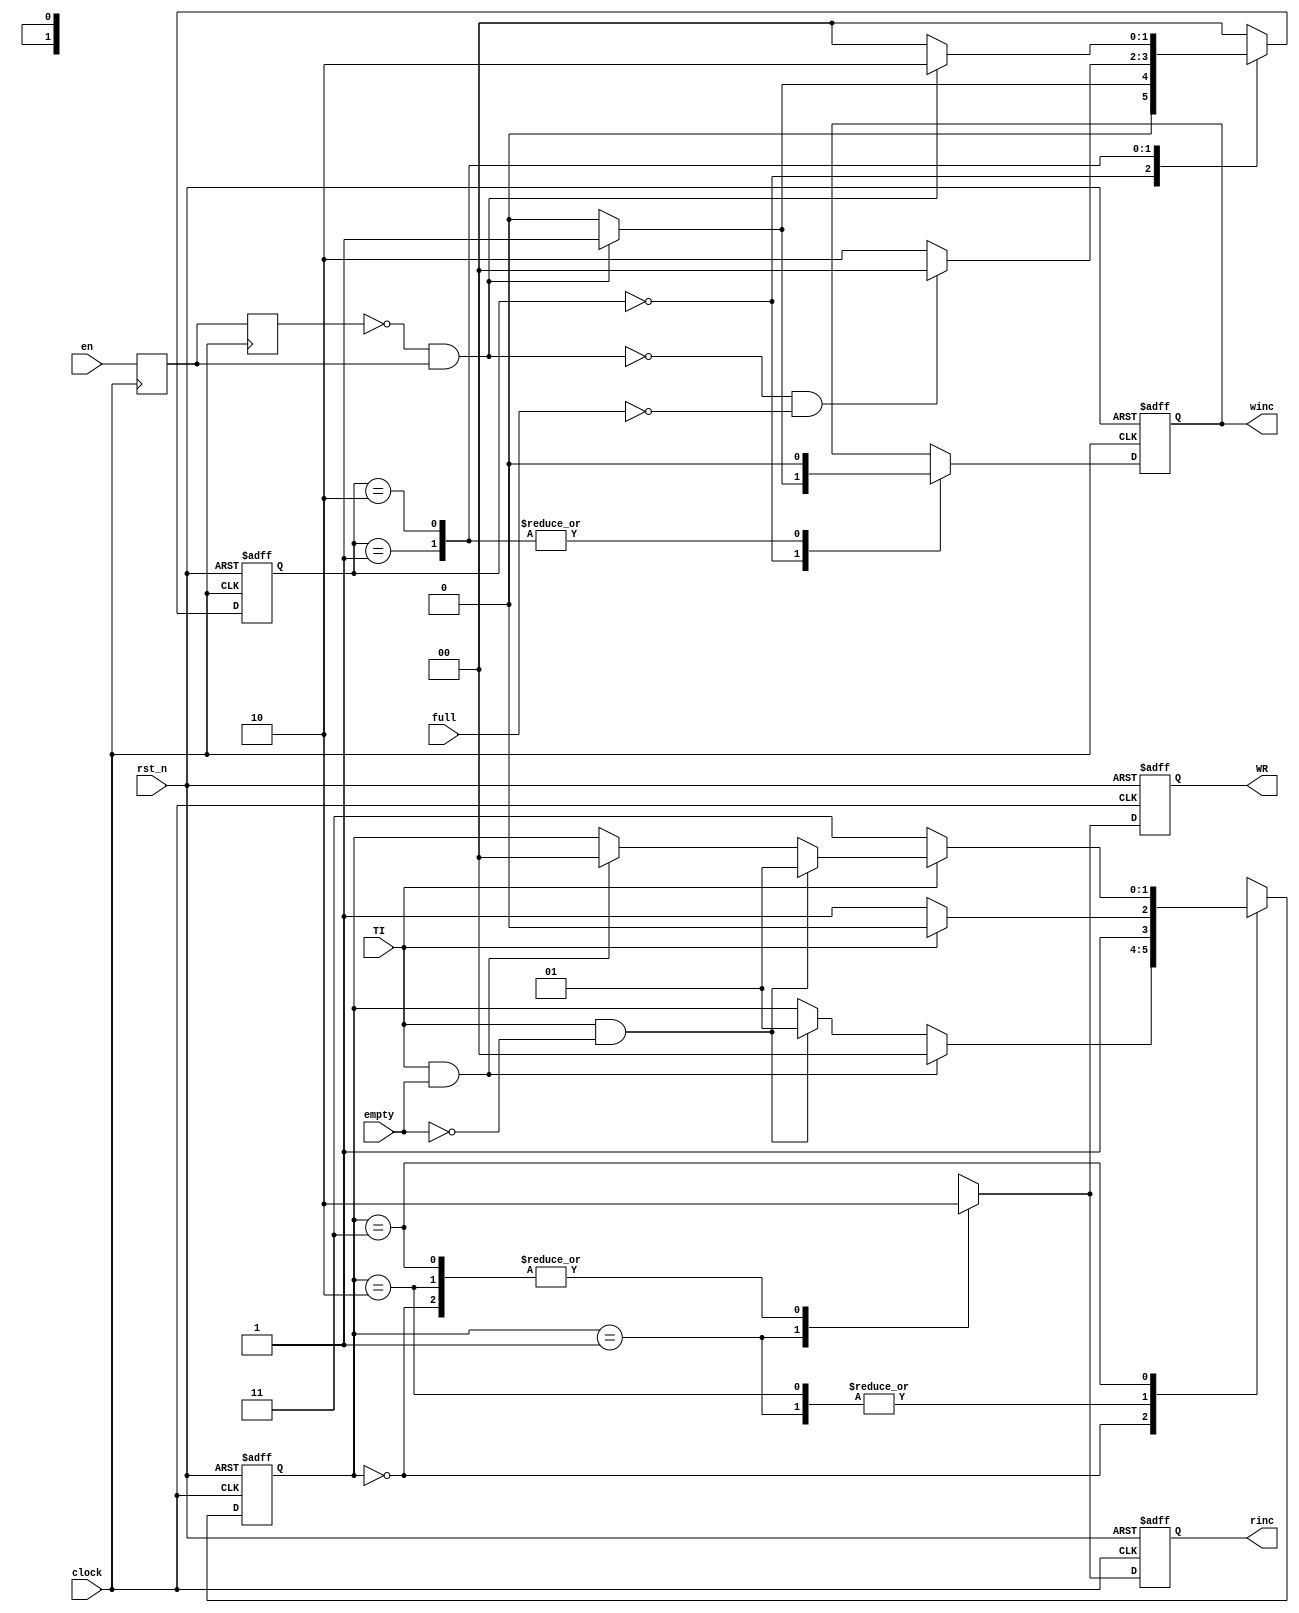
`timescale 1ns / 1ps
//////////////////////////////////////////////////////////////////////////////////
// Company: 
// Engineer: 
// 
// Design Name: 
// Module Name:    control_fifo 
// Project Name: 
// Target Devices: 
// Tool versions: 
// Description: 
//
// Dependencies: 
//
// Revision: 
// Revision 0.01 - File Created
// Additional Comments: 
//
//////////////////////////////////////////////////////////////////////////////////
module control_fifo(rst_n,clock,full,empty,winc,rinc,en,WR,TI);
input full,empty,rst_n,clock,en,TI;
output winc,rinc,WR;
reg en_1,en_2;
parameter free=2'b00,
          write=2'b01,
          wat=2'b10,
			 rfree=2'b00,
          wwrite=2'b01,
          wwtran=2'b10,
			 wtran=2'b11;
reg [1:0] state1;
reg [1:0] state2;
reg winc,rinc,WR;
wire data_en,TIti;
always@(posedge clock)
begin
	en_1<=en;
	en_2<=en_1;
	end
assign data_en=(~en_2)&en_1;
always@(posedge clock or negedge rst_n)//writeFSM
begin
		if(!rst_n)begin
			state1=free;
			winc=1'b0;
			end
		else	case(state1)
					free:if(!data_en)begin
							state1=free;
							winc=1'b0;
							end
							else begin 
							state1=write;
							winc=1'b1;
							end
					write:if(!data_en&!full)begin
							state1=free;
							winc=1'b0;
							end
							else begin
							state1=wat;
							winc=1'b0;
							end
					wat:if(!data_en)begin
							state1=free;
							winc=1'b0;
							end
							else begin
							state1=wat;
							winc=1'b0;
							end
				default: state1=free;
				endcase
end
always@(posedge clock or  negedge rst_n)  //readFSM
begin
		if(!rst_n)begin
				state2=rfree;
				end
		else case(state2)
					rfree:if(TI&empty)begin
								state2=rfree;
								end
							else if(TI&!empty)begin
									state2=wwrite;
									end
					wwrite:if(TI) begin
								state2=wwtran;
								end
							else begin
								state2=wtran;
								end
					wwtran:if(TI) begin
								state2=wwtran;
								end
							else   begin
								state2=wtran;
								end
					wtran:if(!TI)  begin
								state2=wtran;
								end
							else if(TI&!empty) begin
										state2=wwrite;
										end
									else if(TI&empty)begin
											state2=rfree;
											end
				default:state2=rfree;
				endcase
end 
///////////
always@(posedge clock or negedge rst_n)
begin
			if(!rst_n)begin
			WR=1'b0;
			rinc=1'b0;
			end
			else begin
			case(state2)
					rfree:begin
							WR=1'b0;
							rinc=1'b0;
							end
					wwrite:begin
							WR=1'b1;
							rinc=1'b1;
							end
					wwtran:begin
							WR=1'b0;
							rinc=1'b0;
							end
					wtran:begin
							WR=1'b0;
							rinc=1'b0;
							end
					default:begin
								WR=1'b0;
								rinc=1'b0;
								end
								endcase
					end
end				
endmodule